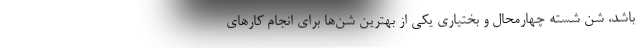
باشد، شن شسته چهارمحال و بختیاری یکی از بهترین شن‌ها برای انجام کارهای